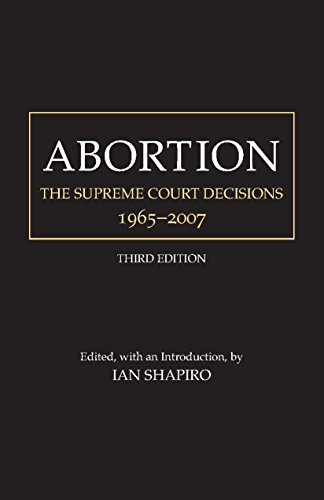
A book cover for Abortion: The Supreme Court Decisions, 1965-2007; Law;